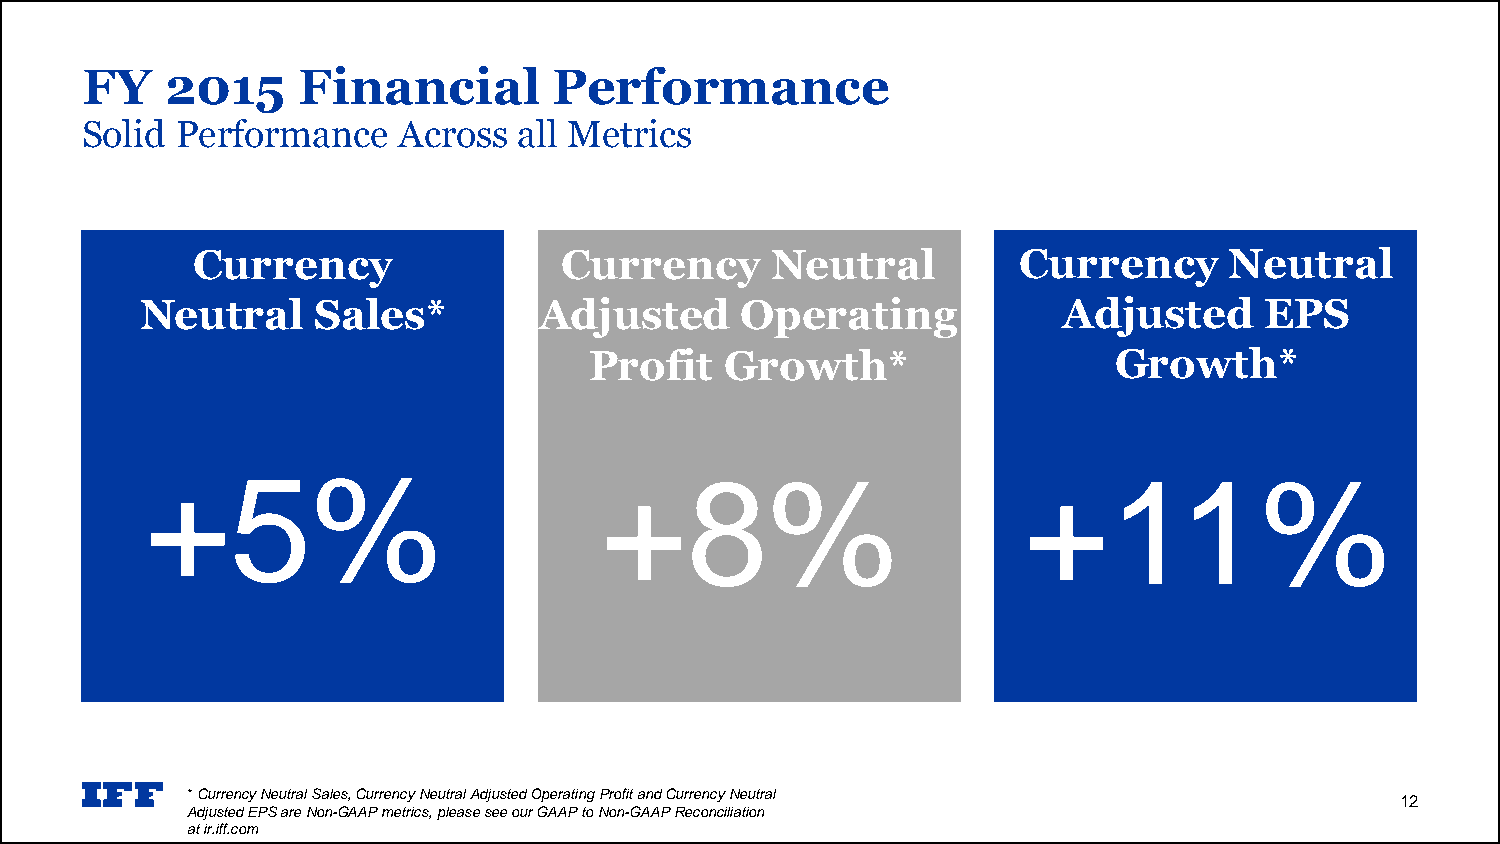
FY    2015     Financial        Performance
 Solid  Performance   Across  all Metrics
 Currency                Currency      Neutral         Currency      Neutral
 Neutral     Sales*         Adjusted     Operating            Adjusted      EPS
 Profit   Growth*                   Growth*
 +5%                           +8%                         +11%
 * Currency Neutral Sales, Currency Neutral Adjusted Operating Profit and Currency Neutral 12
 Adjusted EPS are Non-GAAP metrics, please see our GAAP to Non-GAAP Reconciliation
 at ir.iff.com